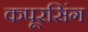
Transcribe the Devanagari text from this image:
कपूरसिंग